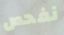
نفحص